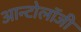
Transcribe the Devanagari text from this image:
आन्टोलॉजी